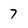
Character: 7